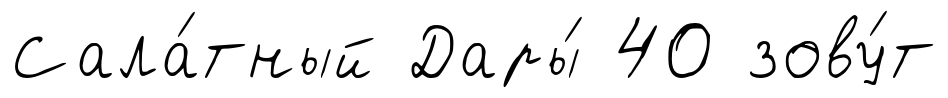
Сала́тный Дары́ 40 зову́т